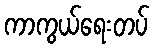
ကာကွယ်ရေးတပ်